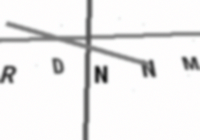
Text: RDNNM